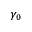
\gamma _ { 0 }